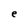
Character: e